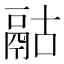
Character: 𩰯